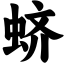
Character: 蛴